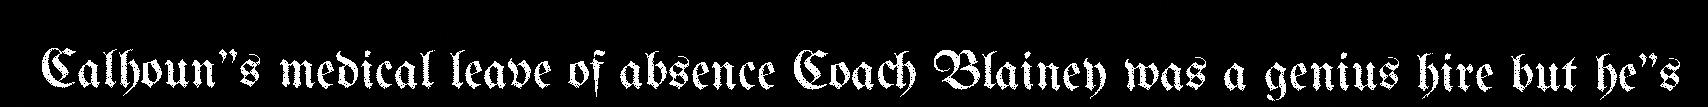
Calhoun"s medical leave of absence Coach Blainey was a genius hire but he"s